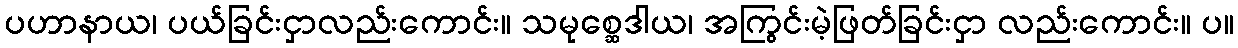
ပဟာနာယ၊ ပယ်ခြင်းငှာလည်းကောင်း။ သမုစ္ဆေဒါယ၊ အကြွင်းမဲ့ဖြတ်ခြင်းငှာ လည်းကောင်း။ ပ။